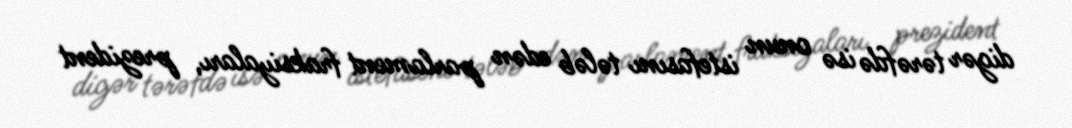
digər tərəfdə isə onun istefasını tələb edən parlament fraksiyaları, prezident